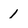
Character: 1